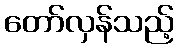
တော်လှန်သည့်